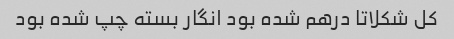
کل شکلاتا درهم شده بود انگار بسته چپ شده بود